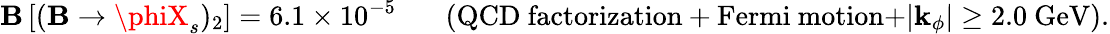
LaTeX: {\cal\mathbf{B}}\left[(\mathbf{B}\to\phiX_{s})_{2}\right]=6.1\times10^{-5}~~~~~~~(\mathrm{{QCD~factorization+Fermi~motion+}}|{\mathbf{k}}_{\phi}|\geq2.0~\mathrm{{GeV}}).